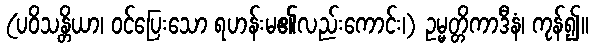
(ပဝိသန္တိယာ၊ ဝင်ပြေးသော ရဟန်းမ၏လည်းကောင်း၊) ဥမ္မတ္တိကာဒီနံ၊ ကုန်၍။